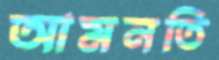
আমনতি